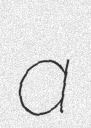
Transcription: a